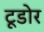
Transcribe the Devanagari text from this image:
टूडोर